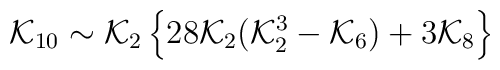
{\cal K}_{10}\sim{\cal K}_2\left\{28{\cal K}_2({\cal		K}_2^3-{\cal K}_6)+3{\cal K}_8\right\}